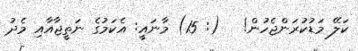
ކަލޭ މަޑުކުރަންޖެހުން!   (: 15) މާނައީ: އެކަމުގެ ނަތީޖާއާއި މެދު